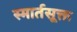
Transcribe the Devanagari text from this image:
स्मार्तसूक्त